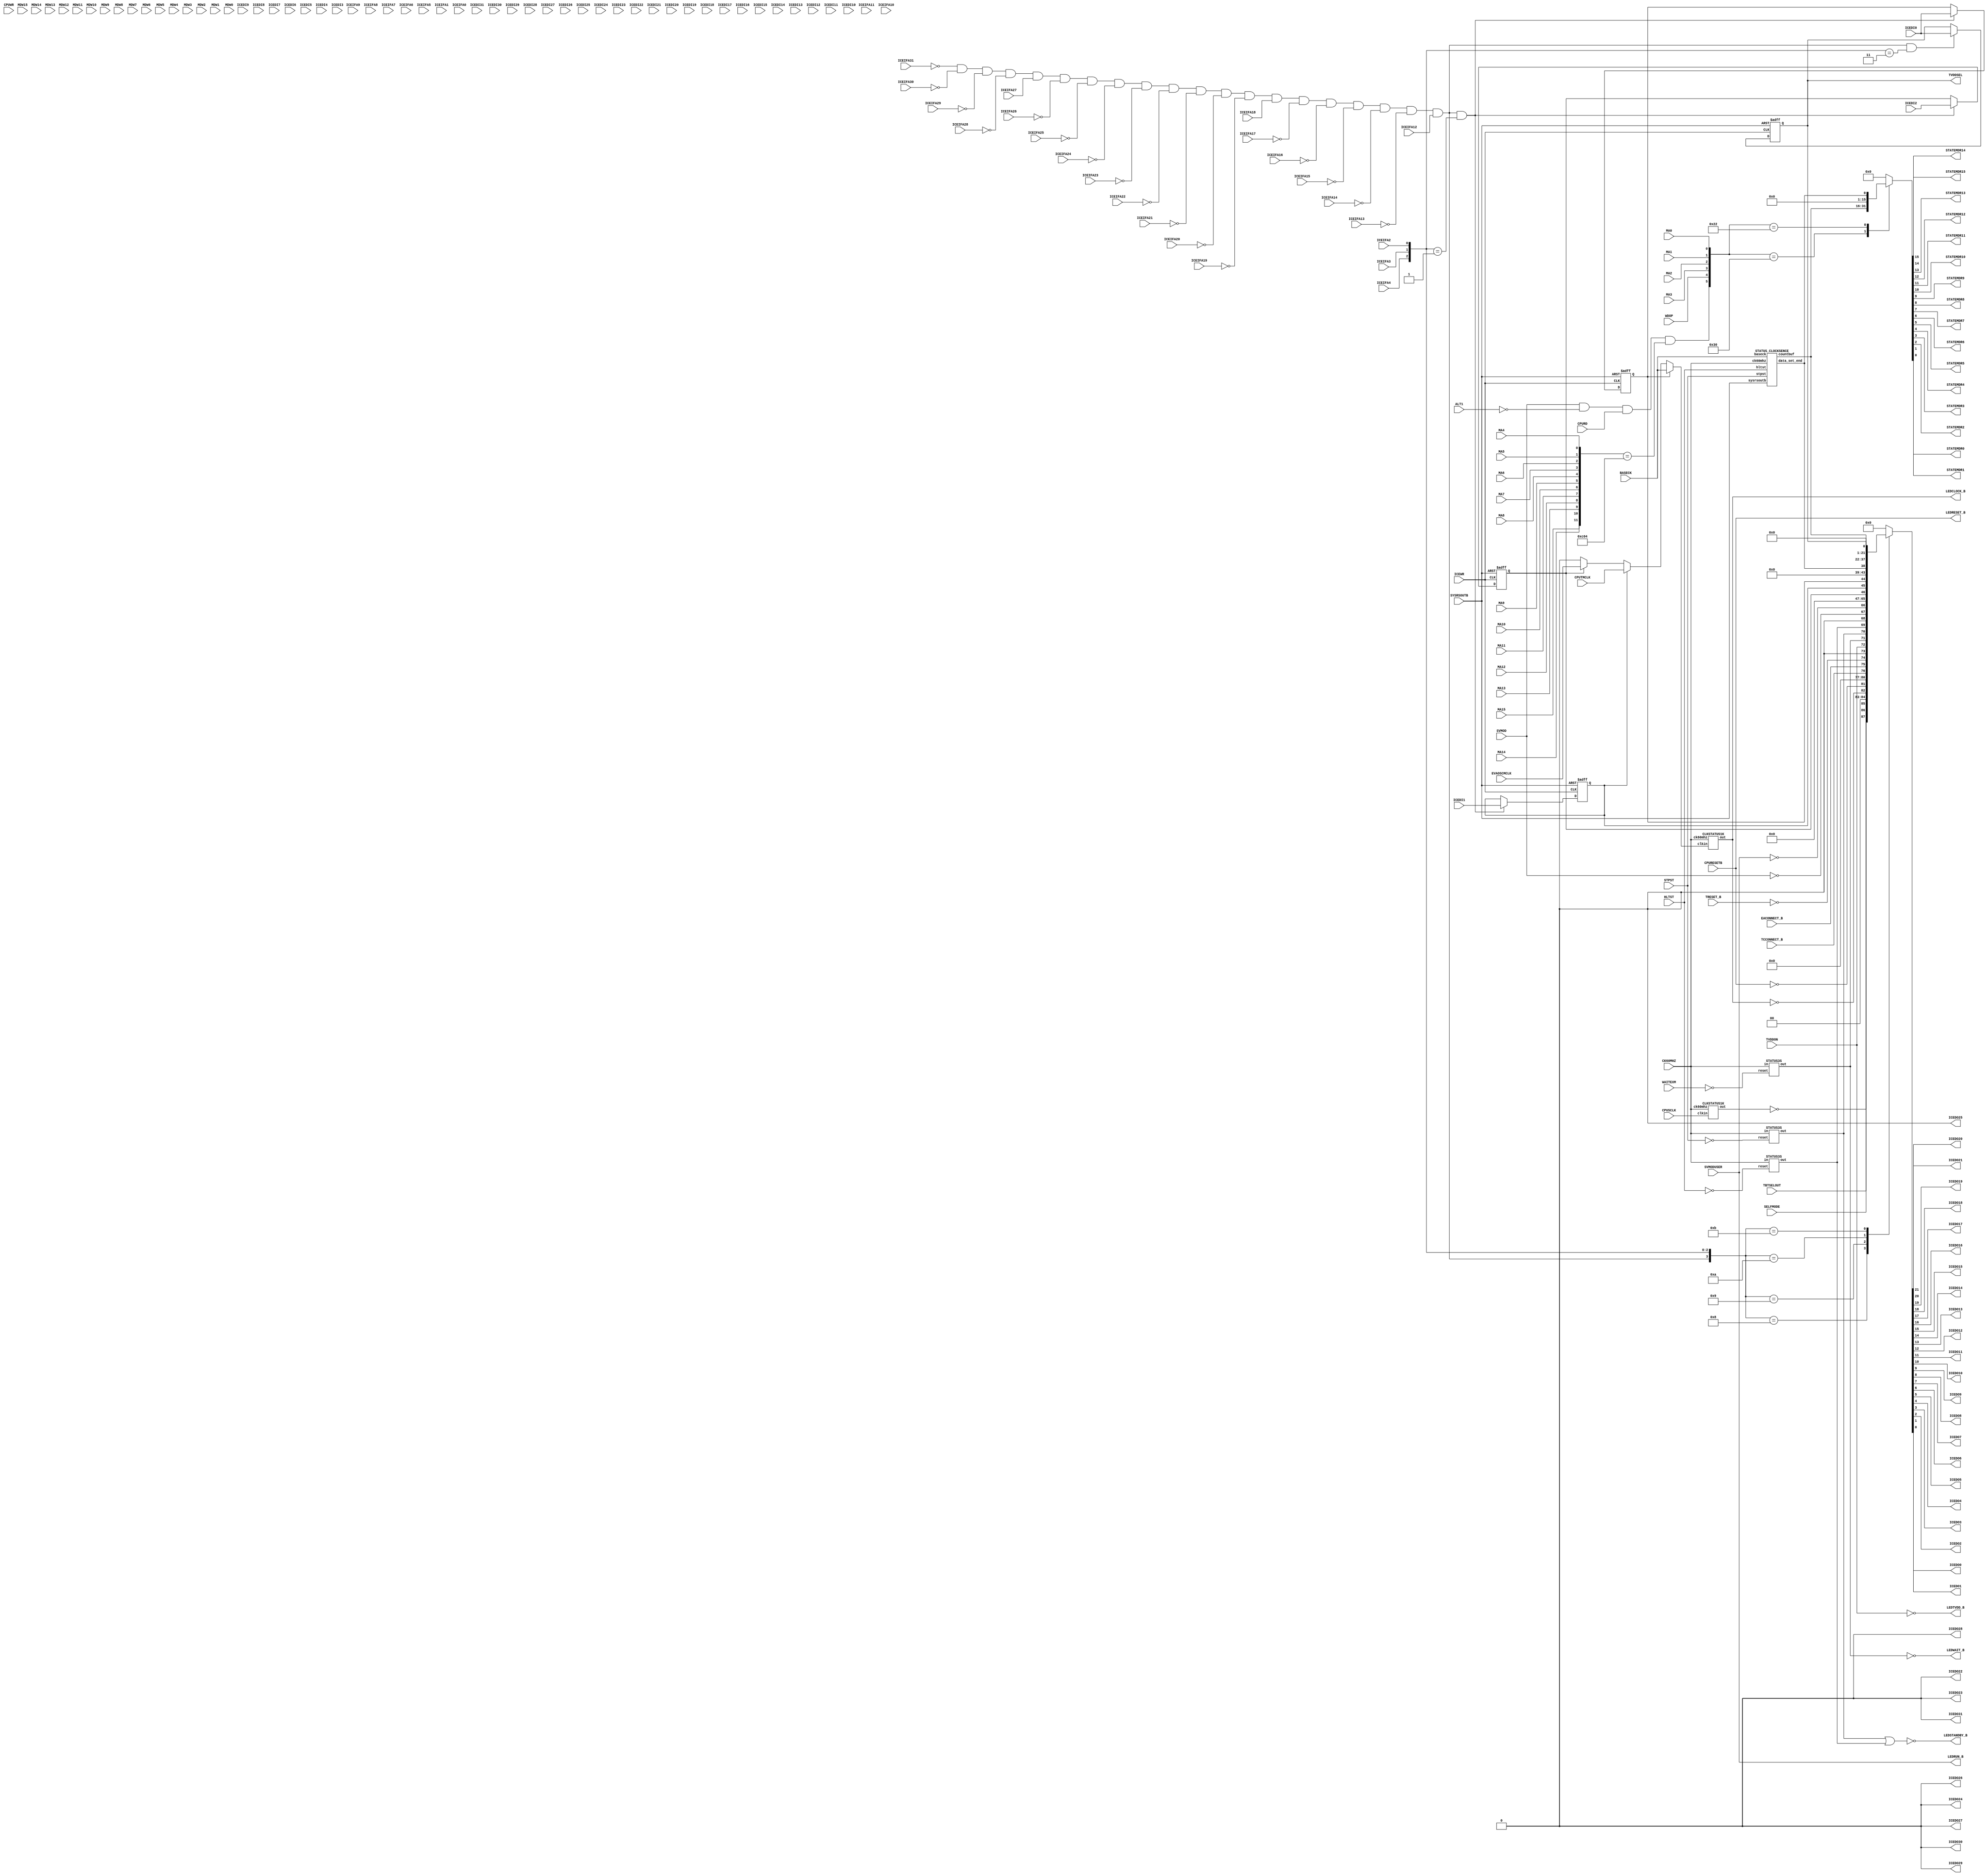
// status
// V100 New by K.Ishihara at 2003/01/09.  
// V101 Add EMXIN11 and change meckstate to x11ckstate for K2. by shunji.nishimura@nms at 2004/05/14.(Please serch 'V101'.)
//-------------------------------------------------------------------------------------------------------------------------
// 78K0R V100 New by taketoshi.ide at 2005/05/20
//$Id: status.v,v 1.7 2007-10-03 04:00:55 tsuno3 Exp $
module STATUS (
	BASECK, SVMOD, SVMODUSER, ALT1, SELFMODE, HLTST, STPST, CPURESETB, TRESET_B, WAITEXM,
	EVAOSCMCLK, CPUSCLK, CPUTMCLK, TCCONNECT_B, EACONNECT_B, TVDDON, TVDDSEL, TBTSELOUT,
	LEDTVDD_B, LEDCLOCK_B, LEDRUN_B, LEDRESET_B, LEDSTANDBY_B, LEDWAIT_B,
	WDOP, CPURD, CPUWR,
	MA15, MA14, MA13, MA12, MA11, MA10, MA9, MA8, MA7, MA6, MA5, MA4, MA3, MA2, MA1, MA0,
	MDW15, MDW14, MDW13, MDW12, MDW11, MDW10, MDW9, MDW8, MDW7, MDW6, MDW5, MDW4, MDW3, MDW2, MDW1, MDW0,
	STATEMDR15, STATEMDR14, STATEMDR13, STATEMDR12, STATEMDR11, STATEMDR10, STATEMDR9,STATEMDR8,
	STATEMDR7, STATEMDR6, STATEMDR5, STATEMDR4, STATEMDR3, STATEMDR2, STATEMDR1, STATEMDR0,
	ICEIFA31, ICEIFA30, ICEIFA29, ICEIFA28, ICEIFA27, ICEIFA26, ICEIFA25, ICEIFA24,
	ICEIFA23, ICEIFA22, ICEIFA21, ICEIFA20, ICEIFA19, ICEIFA18, ICEIFA17, ICEIFA16,
	ICEIFA15, ICEIFA14, ICEIFA13, ICEIFA12, ICEIFA11, ICEIFA10, ICEIFA9, ICEIFA8,
	ICEIFA7, ICEIFA6, ICEIFA5, ICEIFA4, ICEIFA3, ICEIFA2, ICEIFA1, ICEIFA0,
	ICEDI31, ICEDI30, ICEDI29, ICEDI28, ICEDI27, ICEDI26, ICEDI25, ICEDI24,
	ICEDI23, ICEDI22, ICEDI21, ICEDI20, ICEDI19, ICEDI18, ICEDI17, ICEDI16,
	ICEDI15, ICEDI14, ICEDI13, ICEDI12, ICEDI11, ICEDI10, ICEDI9, ICEDI8,
	ICEDI7, ICEDI6, ICEDI5, ICEDI4, ICEDI3, ICEDI2, ICEDI1, ICEDI0,
	ICEDO31, ICEDO30, ICEDO29, ICEDO28, ICEDO27, ICEDO26, ICEDO25, ICEDO24,
	ICEDO23, ICEDO22, ICEDO21, ICEDO20, ICEDO19, ICEDO18, ICEDO17, ICEDO16,
	ICEDO15, ICEDO14, ICEDO13, ICEDO12, ICEDO11, ICEDO10, ICEDO9, ICEDO8,
	ICEDO7, ICEDO6, ICEDO5, ICEDO4, ICEDO3, ICEDO2, ICEDO1, ICEDO0,
	ICEWR, CK60MHZ, SYSRSOUTB
);
	input	BASECK, SVMOD, SVMODUSER, ALT1, SELFMODE, HLTST, STPST, CPURESETB, TRESET_B, WAITEXM,
			EVAOSCMCLK, CPUSCLK, CPUTMCLK, TCCONNECT_B, EACONNECT_B, TVDDON;
	output	TVDDSEL;
	input   TBTSELOUT;
	output	LEDTVDD_B, LEDCLOCK_B, LEDRUN_B, LEDRESET_B, LEDSTANDBY_B, LEDWAIT_B;
	input	WDOP, CPURD, CPUWR;
	input	MA15, MA14, MA13, MA12, MA11, MA10, MA9, MA8, MA7, MA6, MA5, MA4, MA3, MA2, MA1, MA0;
	input	MDW15, MDW14, MDW13, MDW12, MDW11, MDW10, MDW9, MDW8,
			MDW7, MDW6, MDW5, MDW4, MDW3, MDW2, MDW1, MDW0;
	output	STATEMDR15, STATEMDR14, STATEMDR13, STATEMDR12, STATEMDR11, STATEMDR10, STATEMDR9,STATEMDR8,
			STATEMDR7, STATEMDR6, STATEMDR5, STATEMDR4, STATEMDR3, STATEMDR2, STATEMDR1, STATEMDR0;
	input	ICEIFA31, ICEIFA30, ICEIFA29, ICEIFA28, ICEIFA27, ICEIFA26, ICEIFA25, ICEIFA24,
			ICEIFA23, ICEIFA22, ICEIFA21, ICEIFA20, ICEIFA19, ICEIFA18, ICEIFA17, ICEIFA16,
			ICEIFA15, ICEIFA14, ICEIFA13, ICEIFA12, ICEIFA11, ICEIFA10, ICEIFA9, ICEIFA8,
			ICEIFA7, ICEIFA6, ICEIFA5, ICEIFA4, ICEIFA3, ICEIFA2, ICEIFA1, ICEIFA0;
	input   ICEDI31, ICEDI30, ICEDI29, ICEDI28, ICEDI27, ICEDI26, ICEDI25, ICEDI24,
			ICEDI23, ICEDI22, ICEDI21, ICEDI20, ICEDI19, ICEDI18, ICEDI17, ICEDI16,
			ICEDI15, ICEDI14, ICEDI13, ICEDI12, ICEDI11, ICEDI10, ICEDI9, ICEDI8,
			ICEDI7, ICEDI6, ICEDI5, ICEDI4, ICEDI3, ICEDI2, ICEDI1, ICEDI0;
	output	ICEDO31, ICEDO30, ICEDO29, ICEDO28, ICEDO27, ICEDO26, ICEDO25, ICEDO24,
			ICEDO23, ICEDO22, ICEDO21, ICEDO20, ICEDO19, ICEDO18, ICEDO17, ICEDO16,
			ICEDO15, ICEDO14, ICEDO13, ICEDO12, ICEDO11, ICEDO10, ICEDO9, ICEDO8,
			ICEDO7, ICEDO6, ICEDO5, ICEDO4, ICEDO3, ICEDO2, ICEDO1, ICEDO0;
	input	ICEWR, CK60MHZ, SYSRSOUTB;

	wire [31:0] iceifa, icedi;
	
//***************************************************************************************
//*Emulation Registor
//***************************************************************************************
	reg 		seliceck;		//ICE$B%\!<%I>e$NH/?64o$N%/%m%C%/8!=PA*Br!'(B1$BA*Br(B
	reg 		seltmck;		//$B%?!<%2%C%H$+$i$N%a%$%s%/%m%C%/8!=PA*Br!'(B1$BA*Br(B
	reg 		selbaseck;		//BASECK$B8!=PA*Br(B($B%G%U%)%k%H$O$3$l(B)$B!'(B1$BA*Br(B	
	wire [15:0] clock_cycle;
	wire		clock_cycle_st;
	reg			tvddsel;
//	reg			powdw; //$B;EMMJQ99$K$h$j2sO):o=|(B 2006.2.24
//***************************************************************************************
	wire 		clk_in;
	wire		sel_mcksel, sel_sys1;
	wire 		hostreg_sel, cpureg_sel;
//	wire		powdw_reset, set_powdw; //$B;EMMJQ99$K$h$j2sO):o=|(B 2006.2.24
//***************************************************************************************
	reg  [31:0] icedo;
	wire [15:0] ma;
	reg  [15:0] statemdr;
//***************************************************************************************

	assign iceifa = {ICEIFA31, ICEIFA30, ICEIFA29, ICEIFA28, ICEIFA27, ICEIFA26, ICEIFA25, ICEIFA24,
			ICEIFA23, ICEIFA22, ICEIFA21, ICEIFA20, ICEIFA19, ICEIFA18, ICEIFA17, ICEIFA16,
			ICEIFA15, ICEIFA14, ICEIFA13, ICEIFA12, ICEIFA11, ICEIFA10, ICEIFA9, ICEIFA8,
			ICEIFA7, ICEIFA6, ICEIFA5, ICEIFA4, ICEIFA3, ICEIFA2, ICEIFA1, ICEIFA0};
	assign icedi = {
		ICEDI31, ICEDI30, ICEDI29, ICEDI28, ICEDI27, ICEDI26, ICEDI25, ICEDI24,
		ICEDI23, ICEDI22, ICEDI21, ICEDI20, ICEDI19, ICEDI18, ICEDI17, ICEDI16,
		ICEDI15, ICEDI14, ICEDI13, ICEDI12, ICEDI11, ICEDI10, ICEDI9, ICEDI8,
		ICEDI7, ICEDI6, ICEDI5, ICEDI4, ICEDI3, ICEDI2, ICEDI1, ICEDI0};
	assign {ICEDO31, ICEDO30, ICEDO29, ICEDO28, ICEDO27, ICEDO26, ICEDO25, ICEDO24,
		ICEDO23, ICEDO22, ICEDO21, ICEDO20, ICEDO19, ICEDO18, ICEDO17, ICEDO16,
		ICEDO15, ICEDO14, ICEDO13, ICEDO12, ICEDO11, ICEDO10, ICEDO9, ICEDO8,
		ICEDO7, ICEDO6, ICEDO5, ICEDO4, ICEDO3, ICEDO2, ICEDO1, ICEDO0}
		= icedo;

	assign ma = {MA15, MA14, MA13, MA12, MA11, MA10, MA9, MA8, MA7, MA6, MA5, MA4, MA3, MA2, MA1, MA0};

	assign {STATEMDR15, STATEMDR14, STATEMDR13, STATEMDR12, STATEMDR11, STATEMDR10, STATEMDR9, STATEMDR8, 
			STATEMDR7, STATEMDR6, STATEMDR5, STATEMDR4, STATEMDR3, STATEMDR2, STATEMDR1, STATEMDR0} = statemdr;

//***************************************************************************************
	wire tbtselstate = TBTSELOUT;   //$B%V!<%H%9%o%C%W>uBV(B 1:SWAP (2006.1.18 $BDI2C(B)
	wire selfstate = SELFMODE;      //Selfmode State Signal 1:Self Mode
	wire sclkstate;                 //$B%5%V%/%m%C%/>uBV(B 0:$BDd;_(B
	wire mclkstate;                 //$B%a%$%s%/%m%C%/>uBV(B 0:$BDd;_(B
	wire cpurststate = !CPURESETB;  //CPU$B%j%;%C%H>uBV(B  0:$B2r=|(B
	wire uctcstate = TCCONNECT_B;   //TC($B%?!<%2%C%H(B)$B@\B3>uBV(B
	wire uceastate = EACONNECT_B;   //EA($BJQ49%"%@%W%?(B)$B@\B3>uBV(B
	wire uresetstate = !TRESET_B;   //$B%?!<%2%C%H%j%;%C%H>uBV(B  0:$B2r=|(B
	wire uvddlostate = TVDDON;      //$B%?!<%2%C%HEE8;2<0L%l%Y%k(B  0:$B@_DjCMFb(B
	wire waitstate;                 //$B%&%(%$%H>uBV(B  0:$B7QB38!=P$J$7(B
	wire stopstate;                 //$B%9%H%C%W>uBV(B  0:$B7QB38!=P$J$7(B
	wire haltstate;                 //$B%[%k%H>uBV(B  0:$B7QB38!=P$J$7(B
	wire irunstate = !SVMOD;        //$B%f!<%6!<(BRUN$BCf(B  0:SVMOD$BCf(B
	wire urunstate = !SVMODUSER;    //$B%f!<%6!<(BRUN$BCf(B  0:SVMOD$BCf(B($B$?$@$70l=V%V%l%$%/=|$/(B)
//***************************************************************************************
//*LED output
//***************************************************************************************
	assign LEDTVDD_B = !uvddlostate; 
	assign LEDCLOCK_B = mclkstate;
	assign LEDRUN_B = !urunstate;
	assign LEDRESET_B = !cpurststate;
	assign LEDSTANDBY_B = !(stopstate | haltstate);
	assign LEDWAIT_B = !waitstate;
//***************************************************************************************
//* CLOCK STATUS SELECT
//***************************************************************************************
	
	assign clk_in = (selbaseck) ? BASECK : (seltmck) ? CPUTMCLK : (seliceck) ? EVAOSCMCLK : 1'b0;

//***************************************************************************************
//Counter detect STOP, HALT, WAIT status value  over 2.63s
//***************************************************************************************

	STATUS3S waitst (.in(CK60MHZ), .out(waitstate), .reset(!WAITEXM) );
	STATUS3S hltst (.in(CK60MHZ), .out(haltstate), .reset(!HLTST) );
	STATUS3S stpst (.in(CK60MHZ), .out(stopstate), .reset(!STPST) );

//***************************************************************************************
//1.3ms($BLs(B1KHz)$B0J2<$N%/%m%C%/$rDd;_$H$_$J$9(B
//***************************************************************************************

	CLKSTATUS1K cpumclkst (.clkin(clk_in), .out(mclkstate), .ck60mhz(CK60MHZ));
	CLKSTATUS1K cpusclkst (.clkin(CPUSCLK), .out(sclkstate), .ck60mhz(CK60MHZ));

//***************************************************************************************
//$B%/%m%C%/<~GH?t8!=P2sO)(B
//***************************************************************************************

	STATUS_CLOCKSENCE clock_sence (.baseck(BASECK), .ck60mhz(CK60MHZ), .sysrsoutb(SYSRSOUTB),
			.hltst(HLTST), .stpst(STPST), .countbuf(clock_cycle), .data_set_end(clock_cycle_st) );

//***************************************************************************************
//*$B%l%8%9%?FI$_$@$7(B HOST
//***************************************************************************************
//*Emulation Registor HOST Address
//*STATEDET					0804_1000H
//*MCLKSEL					0804_1004H
//*BCKCYCLE and BCKCYCST	0804_1008H
//*SYS1						0804_100CH
//*PWSTATE					0804_1010H
//***************************************************************************************
	assign hostreg_sel = !ICEIFA31 & !ICEIFA30 & !ICEIFA29 & !ICEIFA28 &
	                      ICEIFA27 & !ICEIFA26 & !ICEIFA25 & !ICEIFA24 &
	                     !ICEIFA23 & !ICEIFA22 & !ICEIFA21 & !ICEIFA20 &
	                     !ICEIFA19 &  ICEIFA18 & !ICEIFA17 & !ICEIFA16 &
	                     !ICEIFA15 & !ICEIFA14 & !ICEIFA13 &  ICEIFA12;

	//$B;EMMJQ99$K$h$j%Q%o!<%@%&%s8!=P2sO):o=|(B (powdw$B$N:o=|(B)
	always @(iceifa or hostreg_sel or tbtselstate or selfstate or sclkstate or mclkstate or cpurststate or
             uctcstate or uceastate or uresetstate or uvddlostate or waitstate or stopstate or
             haltstate or irunstate or urunstate or clock_cycle_st or clock_cycle or seliceck or
             seltmck or selbaseck or tvddsel)begin
			casex({hostreg_sel, iceifa[4:2]})
				4'b1000 : icedo = {8'h00, 2'b00, tbtselstate, selfstate, !sclkstate, 2'b00, !mclkstate,
								  cpurststate, 4'b0000, uctcstate, uceastate, uresetstate,
								  1'b0, uvddlostate, waitstate, stopstate, haltstate, 1'b0,
								  irunstate, urunstate};
				4'b1001 : icedo = {28'h0000_000, 1'b0, seliceck, seltmck, selbaseck};
				4'b1010 : icedo = {12'h000, 3'b000, clock_cycle_st, clock_cycle};
				4'b1011 : icedo = {28'h0000_000, 3'b00, tvddsel};
				/*4'b1100 : icedo = {28'h0000_000, 3'b000, powdw};*/
				default icedo = 32'h0000_0000;
			endcase
	end

//***************************************************************************************
//MCKSEL and SYS1 registor wite
//***************************************************************************************
	assign sel_mcksel = hostreg_sel & (iceifa[4:2] == 3'b001);
	assign sel_sys1 = hostreg_sel & (iceifa[4:2] == 3'b011);
	always @(negedge ICEWR or negedge SYSRSOUTB) begin 
		if(!SYSRSOUTB) begin
			{seliceck, seltmck, selbaseck} <= 3'b001;
		end
		else if(sel_mcksel) begin
			{seliceck, seltmck, selbaseck} <= icedi[2:0];
		end
	end
	always @(negedge ICEWR or negedge SYSRSOUTB) begin 
		if(!SYSRSOUTB) begin
			tvddsel <= 1'b1;
		end
		else if(sel_sys1) begin
			tvddsel <= icedi[0];
		end
	end
	assign TVDDSEL = tvddsel;
//***************************************************************************************
//*POWER DOWN $B8!=P(B                              modyfy at 2006.1.18 taketoshi.ide@nms   *
//*                                             delete at 2006.2.24 taketoshi.ide@nms   *
//***************************************************************************************
//	assign powdw_reset = (hostreg_sel & ICEIFA4 & !ICEIFA3 & !ICEIFA2) ? ICEWR : !SYSRSOUTB;
//	assign set_powdw = !TVDDON & !SVMODUSER;
//	always @(posedge CK60MHZ or posedge powdw_reset) begin
//		if(powdw_reset) powdw <= 1'b0;
//		else if(set_powdw)powdw <= 1'b0;
//	end
//***************************************************************************************
//$B%l%8%9%?FI$_$@$7(B(CPU)
//***************************************************************************************
	assign cpureg_sel = SVMOD & !ALT1 & CPURD & (ma[15:4] == 12'hC04);
	always @(cpureg_sel or ma or clock_cycle_st or clock_cycle or WDOP) begin
			casex ({cpureg_sel, WDOP, ma[3:0]})
				6'b110000 : statemdr = clock_cycle[15:0];
				6'b100010 : statemdr = {15'b0, clock_cycle_st};
				default  : statemdr = 16'h0000;
			endcase
	end
endmodule


//***************************************************************************************//
//*$B%/%m%C%/%9%F!<%?%98!=P2sO)(B                                                           *//
//*78K0R modify at taketoshi.ide 2005/05/25                                             *//
//***************************************************************************************//
module CLKSTATUS1K(clkin, ck60mhz, out);
	input clkin, ck60mhz;
	output out;

	wire	clks, prs16;
	reg	clkm_p1, clkm_p2, out;

	always @(posedge ck60mhz) begin
		clkm_p1 <= clkin;
	end
	always @(posedge ck60mhz) begin
		clkm_p2 <= clkm_p1;
	end
	assign clks = clkm_p1 ^ clkm_p2;

	STATUSBFF bff1 (.in(ck60mhz), .out(prs1), .reset(clks) );	//20ns 16.6ns 60MHz
	STATUSBFF bff2 (.in(prs1), .out(prs2), .reset(clks) );		//40ns 33.3ns 30MHz
	STATUSBFF bff3 (.in(prs2), .out(prs3), .reset(clks) );		//80ns 66.6ns 15MHz
	STATUSBFF bff4 (.in(prs3), .out(prs4), .reset(clks) );		//160ns 133.3ns 7.5MHz
	STATUSBFF bff5 (.in(prs4), .out(prs5), .reset(clks) );		//320ns 266.6ns 3.75MHz
	STATUSBFF bff6 (.in(prs5), .out(prs6), .reset(clks) );		//640ns 1.875MHz
	STATUSBFF bff7 (.in(prs6), .out(prs7), .reset(clks) );		//1.28us 937.5KHz
	STATUSBFF bff8 (.in(prs7), .out(prs8), .reset(clks) );		//2.56us 468.75KHz
	STATUSBFF bff9 (.in(prs8), .out(prs9), .reset(clks) );		//5.12us 234.375KHz
	STATUSBFF bff10 (.in(prs9), .out(prs10), .reset(clks) );	//10.24us 117.1875KHz
	STATUSBFF bff11 (.in(prs10), .out(prs11), .reset(clks) );	//20.48us 58.59375KHz
	STATUSBFF bff12 (.in(prs11), .out(prs12), .reset(clks) );	//40.96us 29.296875KHz
	STATUSBFF bff13 (.in(prs12), .out(prs13), .reset(clks) );	//81.92us 14.6484375KHz
	STATUSBFF bff14 (.in(prs13), .out(prs14), .reset(clks) );	//163us 7.32421875KHz
	STATUSBFF bff15 (.in(prs14), .out(prs15), .reset(clks) );	//326us 3.662109375KHz
	STATUSBFF bff16 (.in(prs15), .out(prs16), .reset(clks) );	//652us 1.8310546875KHz
	always @(negedge prs16 or posedge clks) begin			//1.3ms 1.1ms(1.09ms) 916Hz(0.91552734375KHz)
		if (clks) out <= 1'b0;
		else      out <= 1'b1;
	end

endmodule

//***************************************************************************************//
//*$B?.9f>uBV8!=P2sO)(B                                                                     *//
//*78K0R modify at taketoshi.ide 2005/05/24                                             *//
//***************************************************************************************//
module STATUS3S(in, out, reset);
	input in, reset;
	output out;
	reg out;
	wire prs27;
	STATUSBFF bff1 (.in(in), .out(prs1), .reset(reset) );		//20ns
	STATUSBFF bff2 (.in(prs1), .out(prs2), .reset(reset) );		//40ns
	STATUSBFF bff3 (.in(prs2), .out(prs3), .reset(reset) );		//80ns
	STATUSBFF bff4 (.in(prs3), .out(prs4), .reset(reset) );		//160ns
	STATUSBFF bff5 (.in(prs4), .out(prs5), .reset(reset) );		//320ns
	STATUSBFF bff6 (.in(prs5), .out(prs6), .reset(reset) );		//640ns
	STATUSBFF bff7 (.in(prs6), .out(prs7), .reset(reset) );		//1.28us
	STATUSBFF bff8 (.in(prs7), .out(prs8), .reset(reset) );		//2.56us
	STATUSBFF bff9 (.in(prs8), .out(prs9), .reset(reset) );		//5.12us
	STATUSBFF bff10 (.in(prs9), .out(prs10), .reset(reset) );	//10.24us
	STATUSBFF bff11 (.in(prs10), .out(prs11), .reset(reset) );	//20.48us
	STATUSBFF bff12 (.in(prs11), .out(prs12), .reset(reset) );	//40.96us
	STATUSBFF bff13 (.in(prs12), .out(prs13), .reset(reset) );	//81.92us
	STATUSBFF bff14 (.in(prs13), .out(prs14), .reset(reset) );	//163us
	STATUSBFF bff15 (.in(prs14), .out(prs15), .reset(reset) );	//326us
	STATUSBFF bff16 (.in(prs15), .out(prs16), .reset(reset) );	//652us
	STATUSBFF bff17 (.in(prs16), .out(prs17), .reset(reset) );	//1.304ms
	STATUSBFF bff18 (.in(prs17), .out(prs18), .reset(reset) );	//2.6ms
	STATUSBFF bff19 (.in(prs18), .out(prs19), .reset(reset) );	//5.2ms
	STATUSBFF bff20 (.in(prs19), .out(prs20), .reset(reset) );	//10.4ms
	STATUSBFF bff21 (.in(prs20), .out(prs21), .reset(reset) );	//20.8ms
	STATUSBFF bff22 (.in(prs21), .out(prs22), .reset(reset) );	//41.6ms
	STATUSBFF bff23 (.in(prs22), .out(prs23), .reset(reset) );	//83.2ms
	STATUSBFF bff24 (.in(prs23), .out(prs24), .reset(reset) );	//166.4ms
	STATUSBFF bff25 (.in(prs24), .out(prs25), .reset(reset) );	//333ms
	STATUSBFF bff26 (.in(prs25), .out(prs26), .reset(reset) );	//666ms
	STATUSBFF bff27 (.in(prs26), .out(prs27), .reset(reset) );	//1.33s
	always @(negedge prs27 or posedge reset) begin			//2.66s
		if (reset) out <= 1'b0;
		else       out <= 1'b1;
	end

endmodule

//***************************************************************************************//
//*$B%/%m%C%/%;%s%92sO)(B                                                                   *//
//*60MHz$B$N%/%m%C%/(B2^16$B8D$NI}(B(1092266ns)$BCf$K(BBASECK$B$,2?%/%m%C%/F~$C$F$$$k$+$r%+%&%s%H$9$k(B *//
//*$B<~GH?t(B(MHz)$B!a%+%&%s%HCM!_(B60(MHz)/2^16                                                *//
//***************************************************************************************//
module STATUS_CLOCKSENCE (baseck, ck60mhz, sysrsoutb, hltst, stpst, countbuf, data_set_end);

	input		baseck, ck60mhz, sysrsoutb, hltst, stpst;
	output	[15:0]	countbuf;
	output		data_set_end;

	reg		start_eg1, start_eg2, bufen, data_set_end;
	reg		cpuhalf, fst1, fst2, clock_change;
	reg	[15:0]	count, countbuf;
	reg	[7:0]	cntf, cntfa;
	wire		start, prs16;

//***************************************************************************************
//*$B%/%m%C%/8!=P@)8fIt(B
//***************************************************************************************
	//2^16$B8D$NI}$G$"$kN)$A>e$,$j%(%C%88!=P2sO)(B
	always @(posedge baseck or negedge sysrsoutb) begin
		if (!sysrsoutb) begin
			start_eg1 <= 1'b0;
			start_eg2 <= 1'b0;
		end
		else begin
			start_eg1 <= prs16;
			start_eg2 <= start_eg1;
		end
	end
	assign start = start_eg1 & !start_eg2;

	//$B%+%&%s%?%P%C%U%!$K0\$90Y$N%?%$%_%s%0:n@.(B
	always @(posedge baseck or negedge sysrsoutb) begin
		if (!sysrsoutb) begin
			bufen <= 1'b0;
			data_set_end <= 1'b0;
		end
		else if (hltst | stpst | clock_change) begin
			bufen <= 1'b0;
			data_set_end <= 1'b0;
		end
		else if (start) begin
			if (!bufen) bufen <= 1'b1;
			else        data_set_end <= 1'b1;
		end
	end

	//BASECK$B$N%+%&%s%?:n@.(B
	always @(posedge baseck or negedge sysrsoutb) begin
		if (!sysrsoutb) count <= 16'h0000;
		else if (start) count <= 16'h0001;
		else            count <= count + 1;
	end

	//BASECK$B$N%+%&%s%?%P%C%U%!:n@.(B
	always @(posedge baseck or negedge sysrsoutb) begin
		if      (!sysrsoutb)    countbuf <= 16'h0000;
		else if (start & bufen) countbuf <= count;
	end

//***************************************************************************************
//$B!!(B60MHz$B%/%m%C%/$N(B2^16$BI}?.9f$N:n@.(B
//***************************************************************************************
	STATUSBFF bff1 (.in(ck60mhz), .out(prs1), .reset(!sysrsoutb) );	// 2^1
	STATUSBFF bff2  (.in(prs1),  .out(prs2),  .reset(!sysrsoutb) );	// 2^2
	STATUSBFF bff3  (.in(prs2),  .out(prs3),  .reset(!sysrsoutb) );	// 2^3
	STATUSBFF bff4  (.in(prs3),  .out(prs4),  .reset(!sysrsoutb) );	// 2^4
	STATUSBFF bff5  (.in(prs4),  .out(prs5),  .reset(!sysrsoutb) );	// 2^5
	STATUSBFF bff6  (.in(prs5),  .out(prs6),  .reset(!sysrsoutb) );	// 2^6
	STATUSBFF bff7  (.in(prs6),  .out(prs7),  .reset(!sysrsoutb) );	// 2^7
	STATUSBFF bff8  (.in(prs7),  .out(prs8),  .reset(!sysrsoutb) );	// 2^8
	STATUSBFF bff9  (.in(prs8),  .out(prs9),  .reset(!sysrsoutb) );	// 2^9
	STATUSBFF bff10 (.in(prs9),  .out(prs10), .reset(!sysrsoutb) );	// 2^10
	STATUSBFF bff11 (.in(prs10), .out(prs11), .reset(!sysrsoutb) );	// 2^11
	STATUSBFF bff12 (.in(prs11), .out(prs12), .reset(!sysrsoutb) );	// 2^12
	STATUSBFF bff13 (.in(prs12), .out(prs13), .reset(!sysrsoutb) );	// 2^13
	STATUSBFF bff14 (.in(prs13), .out(prs14), .reset(!sysrsoutb) );	// 2^14
	STATUSBFF bff15 (.in(prs14), .out(prs15), .reset(!sysrsoutb) );	// 2^15
	STATUSBFF bff16 (.in(prs15), .out(prs16), .reset(!sysrsoutb) );	// 2^16

//***************************************************************************************
//*$B%/%m%C%/$,JQ99$5$l$?;v$r8!=P$9$k2sO)(B
//***************************************************************************************
	//BASECK$B$N#2%/%m%C%/J,$NI}$r7W$k0Y$NJ,<~4|(B
	always @(posedge baseck or negedge sysrsoutb) begin
		if (!sysrsoutb) cpuhalf <= 1'b0;
		else            cpuhalf <= !cpuhalf;
	end

	//cpuhalf$B$r(BCK60MHz$B$GF14|$5$;$k!#(B
	always @(posedge ck60mhz or negedge sysrsoutb) begin
		if (!sysrsoutb) begin
			fst1 <= 1'b0;
			fst2 <= 1'b0;
		end
		else begin
			fst1 <= cpuhalf;
			fst2 <= fst1;
		end
	end

	//$B%+%&%s%?:n@.(B
	always @(posedge ck60mhz or negedge sysrsoutb) begin
		if      (!sysrsoutb)    cntf <= 8'h00;
		else if (fst1 & !fst2)  cntf <= 8'h00;
		else if (cntf != 8'hff) cntf <= cntf + 1;
	end

	//$B%+%&%s%?$N%P%C%U%!:n@.(B
	always @(posedge ck60mhz or negedge sysrsoutb) begin
		if      (!sysrsoutb)   cntfa <= 8'h00;
		else if (fst1 & !fst2) cntfa <= cntf;
	end

	//$B%/%m%C%/$,ESCf$G@Z$jBX$o$C$?;v$r<($9?.9f:n@.(B
	always @(posedge ck60mhz or negedge sysrsoutb) begin
		if      (!sysrsoutb)   clock_change <= 1'b0;
		else if (fst1 & !fst2) begin
			if (cntf > cntfa + 1 || cntf < cntfa -1) clock_change <= 1'b1;
			else                                     clock_change <= 1'b0;
		end
	end

endmodule

module STATUSBFF(in, out, reset);
	input in, reset;
	output out;
	reg out;
	always @(negedge in or posedge reset) begin
		if (reset) out <= 1'b0;
		else       out <= !out;
	end
endmodule